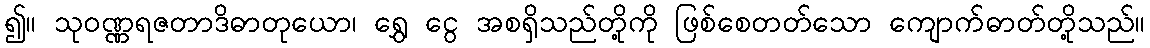
၍။ သုဝဏ္ဏရဇတာဒိဓာတုယော၊ ရွှေ ငွေ အစရှိသည်တို့ကို ဖြစ်စေတတ်သော ကျောက်ဓာတ်တို့သည်။